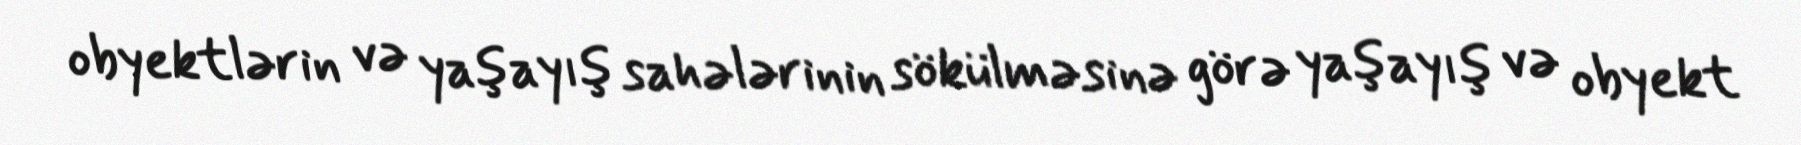
obyektlərin və yaşayış sahələrinin sökülməsinə görə yaşayış və obyekt